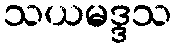
သယမဒ္ဒသ